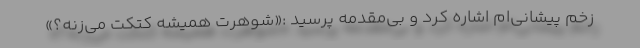
زخم پیشانی‌ام اشاره کرد و بی‌مقدمه پرسید :«شوهرت همیشه کتکت می‌زنه؟»